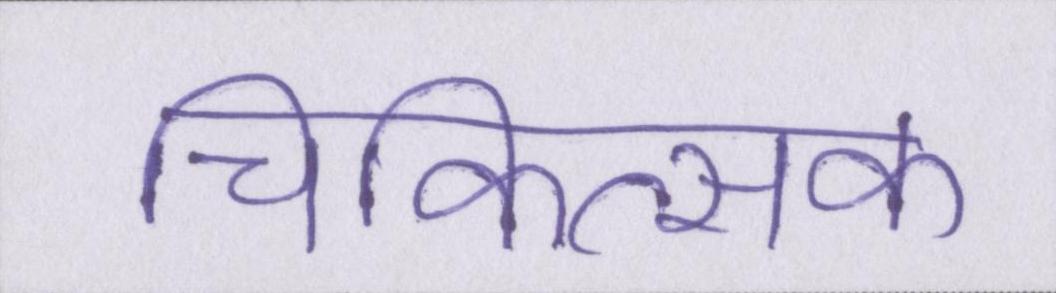
चिकित्सक